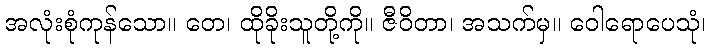
အလုံးစုံကုန်သော။ တေ၊ ထိုခိုးသူတို့ကို။ ဇီဝိတာ၊ အသက်မှ။ ဝေါရောပေသုံ၊